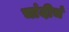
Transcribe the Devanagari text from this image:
चांदीचं